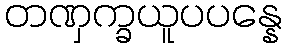
တဏှက္ခယူပပန္နေ